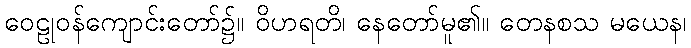
ဝေဠုဝန်ကျောင်းတော်၌။ ဝိဟရတိ၊ နေတော်မူ၏။ တေနစသ မယေန၊